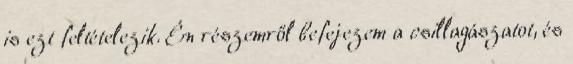
is ezt feltételezik. Én részemről befejezem a csillagászatot, és